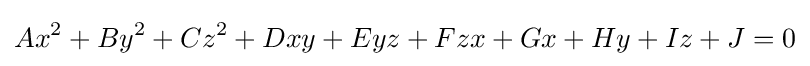
Ax^{2}+By^{2}+Cz^{2}+Dxy+Eyz+Fzx+Gx+Hy+Iz+J=0